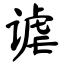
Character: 谑